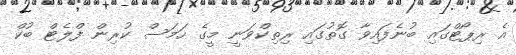
އެ ރިޕޯޓްގައި ބުނެފައިވާ ގޮތުގައި ރިތިކްވަނީ މީގެ ހަމަސް ކުރިން ފްލެޓް ބުކް